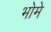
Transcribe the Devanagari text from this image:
भोमे